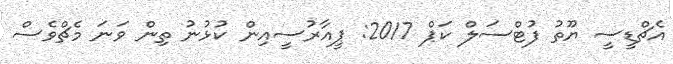
އެޗްޑީސީ ޔޫތު ފުޓްސަލް ކަޕް 2017: ޕީއާރުސީއިން ކުޅުނު ތިން ވަނަ މެޗްވެސް